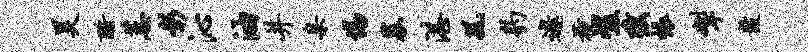
昊酹蕙彰沁油并臬惕募湛风豹遨掩嵯弦帐掣鼓